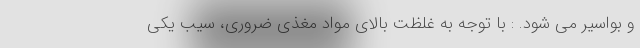
و بواسیر می شود. : با توجه به غلظت بالای مواد مغذی ضروری، سیب یکی